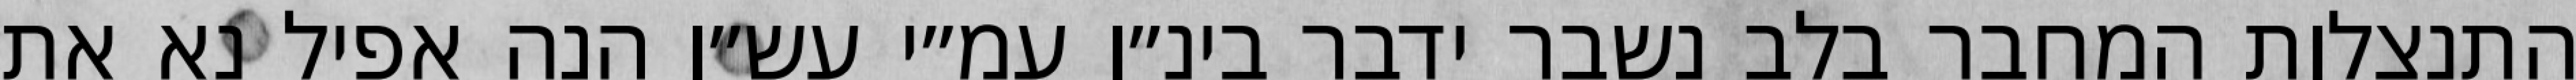
התנצלות המחבר בלב נשבר ידבר בינ״ו עמ״י עש״ו הנה אפיל נא את